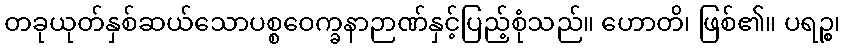
တခုယုတ်နှစ်ဆယ်သောပစ္စဝေက္ခနာဉာဏ်နှင့်ပြည့်စုံသည်။ ဟောတိ၊ ဖြစ်၏။ ပရဉ္စ၊